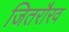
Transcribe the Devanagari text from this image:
जितरौरव